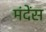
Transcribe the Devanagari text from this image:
मंदेंस